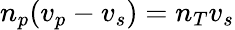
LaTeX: n_{p}(v_{p}-v_{s})=n_{T}v_{s}